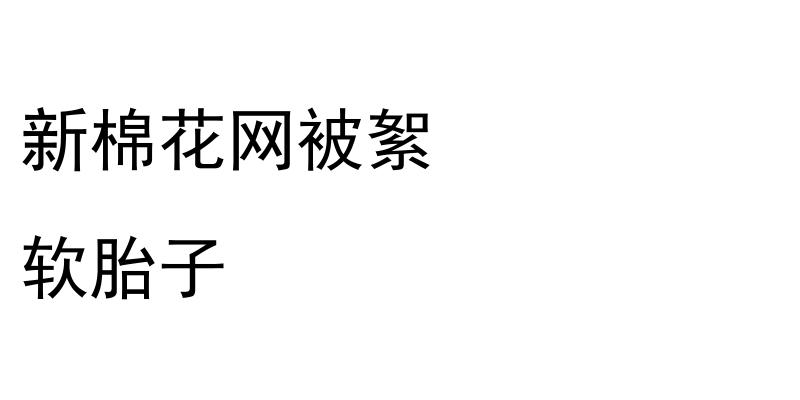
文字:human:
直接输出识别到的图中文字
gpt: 新棉花网被絮 软胎子